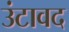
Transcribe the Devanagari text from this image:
उंटावद